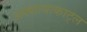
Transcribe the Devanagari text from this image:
अक्सायाकाट्ल